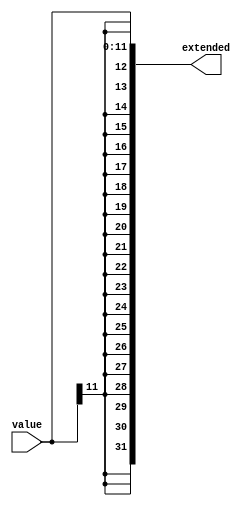
// This program was cloned from: https://github.com/jrbuchanan02/multicycle-rv32i
// License: MIT License

`timescale 1ns / 1ps
//////////////////////////////////////////////////////////////////////////////////
// Company: 
// Engineer: 
// 
// Design Name: 
// Module Name: sign_extender
// Project Name: 
// Target Devices: 
// Tool Versions: 
// Description: 
// 
// Dependencies: 
// 
// Revision:
// Revision 0.01 - File Created
// Additional Comments:
// 
//////////////////////////////////////////////////////////////////////////////////


module sign_extender(value, extended);
    parameter VLEN = 12;
    parameter XLEN = 32;
    
    input [VLEN - 1:0] value;
    output[XLEN - 1:0] extended;
    
    assign extended = {{XLEN - VLEN{value[VLEN - 1]}}, value};
endmodule